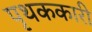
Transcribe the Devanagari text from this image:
पृथककारी